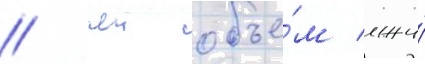
/ чеи объе́м лжи́